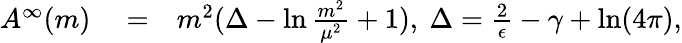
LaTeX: \begin{array}{rlr}{A^{\infty}(m)}&{{}=}&{m^{2}(\Delta-\ln\frac{m^{2}}{\mu^{2}}+1),\ \Delta=\frac{2}{\epsilon}-\gamma+\ln(4\pi),}\end{array}